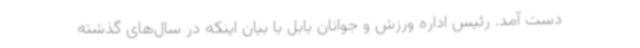
دست آمد. رئیس اداره ورزش و جوانان بابل با بیان اینکه در سال‌های گذشته